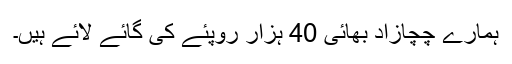
ہمارے چچازاد بھائی 40 ہزار روپئے کی گائے لائے ہیں۔